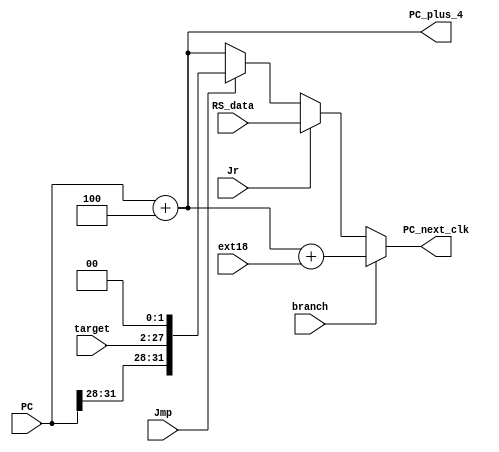
`timescale 1ns / 1ps

module PC_data(PC, ext18, target, branch, Jmp, Jr, RS_data, PC_next_clk, PC_plus_4);
    input [31:0] PC;//PC
    input [31:0] ext18;//
    input [25:0] target;//
    input branch, Jmp, Jr;//jmpjr
    input [31:0] RS_data;//$rs,jr
    output [31:0] PC_next_clk;
    
    output [31:0]PC_plus_4;
    wire [31:0] jmp_addr;
    wire [31:0]branch_addr;

    assign PC_plus_4 = PC + 4;
    assign jmp_addr = {PC[31:28], target, 2'b00};
    assign branch_addr = PC_plus_4 + ext18;
    assign PC_next_clk = (branch == 1)?branch_addr:
                        (Jr == 1)?RS_data:
                        (Jmp == 1)?jmp_addr:PC_plus_4; 
endmodule